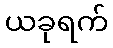
ယခုရက်